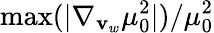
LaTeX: \operatorname*{max}(|\nabla_{\mathbf{v}_{w}}\mu_{0}^{2}|)/\mu_{0}^{2}